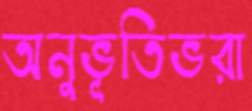
অনুভূতিভরা